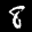
Label: 8